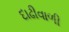
દાઢીવાળી